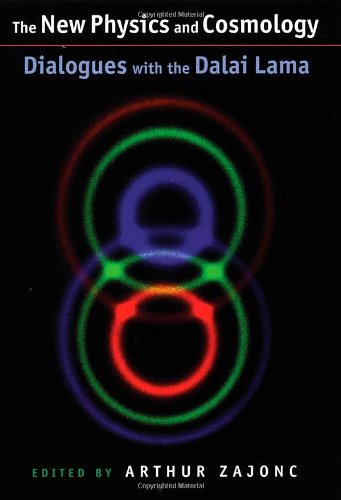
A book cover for The New Physics and Cosmology Dialogues with the Dalai Lama; Religion & Spirituality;